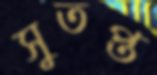
সুতপ্ত